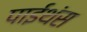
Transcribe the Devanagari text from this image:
पाईथंस